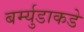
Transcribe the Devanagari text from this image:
बर्म्युडाकडे